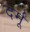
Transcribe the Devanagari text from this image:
दर्मू